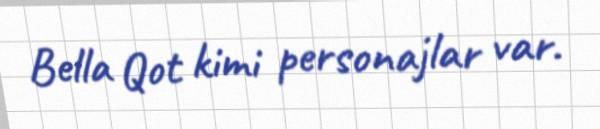
Bella Qot kimi personajlar var.